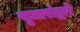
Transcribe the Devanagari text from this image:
सुधारांद्वारे